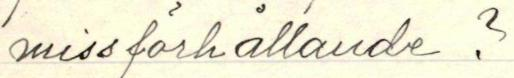
miss förhållande?